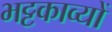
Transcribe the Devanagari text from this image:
भट्टकाव्यों